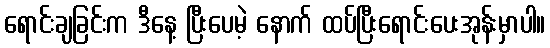
ရောင်းချခြင်းက ဒီနေ့ ပြီးပေမဲ့ နောက် ထပ်ပြီးရောင်းပေးအုန်းမှာပါ။